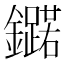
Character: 𮣥